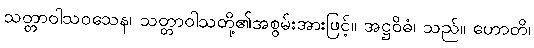
သတ္တာဝါသဝသေန၊ သတ္တာဝါသတို့၏အစွမ်းအားဖြင့်။ အဋ္ဌဝိဓံ၊ သည်။ ဟောတိ၊